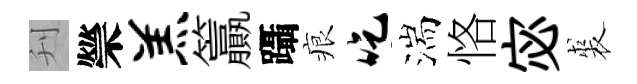
刋禜羔籯躡痕吃湍恪宓裘